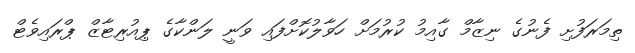
ތިމަރަފުށި ފެނުގެ ނިޒާމް ގާއިމު ކުރުމަށް ހަވާލުކޮށްފައި ވަނީ ލަންކާގެ ޕިއުރިޓާޒް ޕްރައިވެޓް